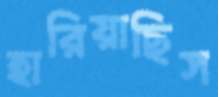
হারিয়াছিস